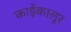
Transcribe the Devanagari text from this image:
काईकालूर